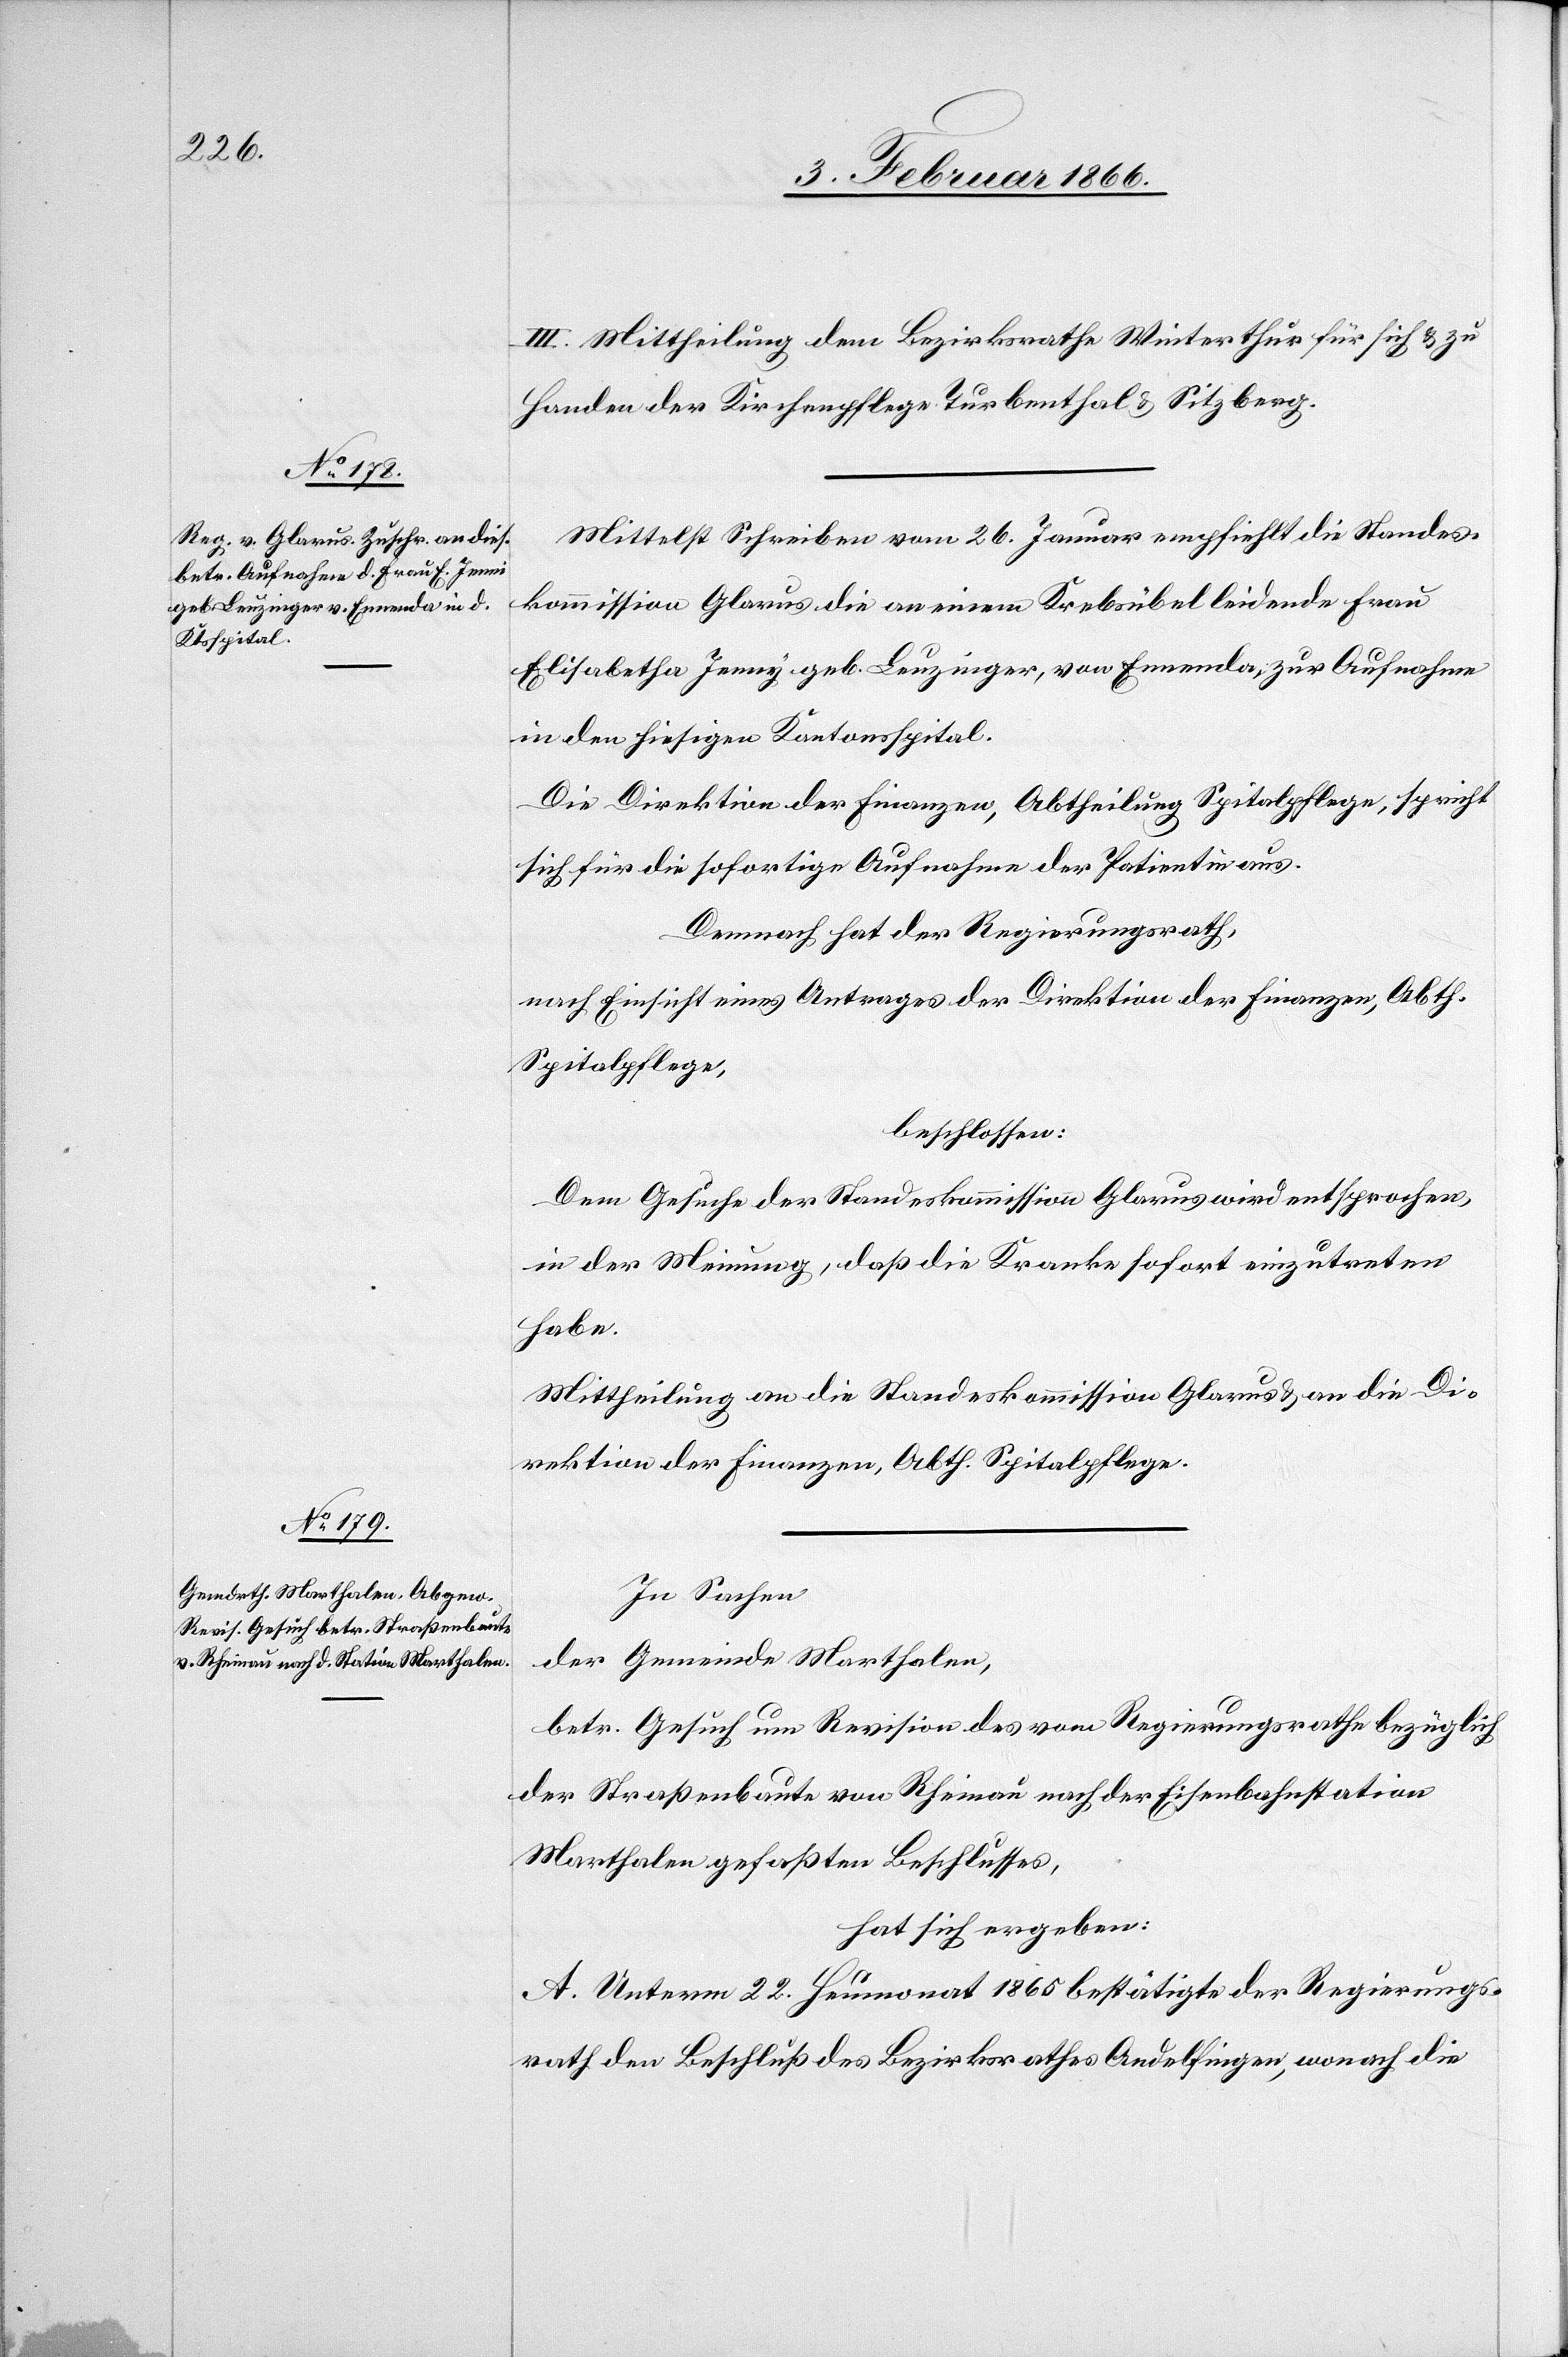
III. Mittheilung dem Bezirksrathe Winterthur für sich u. zu
Handen der Kirchenpflege Turbenthal u. Sitzberg.
Mittelst Schreiben vom 26. Januar empfiehlt die Standes¬
kommission Glarus die an einem Krebsübel leidende Frau
Elisabetha Jenni geb. Leuzinger, von Ennenda, zur Aufnahme
in den hiesigen Kantonsspital.
Die Direktion der Finanzen, Abtheilung Spitalpflege, spricht
sich für die sofortige Aufnahme der Patientin aus.
Demnach hat der Regierungsrath,
nach Einsicht eines Antrages der Direktion der Finanzen, Abth.
Spitalpflege,
beschlossen:
Dem Gesuche der Standeskommission Glarus wird entsprochen,
in der Meinung, daß die Kranke sofort einzutreten
habe.
Mittheilung an die Standeskommission Glarus u. an die Di¬
rektion der Finanzen, Abth. Spitalpflege.
In Sachen,
der Gemeinde Marthalen,
betr. Gesuch um Revision des vom Regierungsrathe bezüglich
der Straßenbaute von Rheinau nach der Eisenbahnstation
Marthalen gefaßten Beschlusses,
hat sich ergeben:
A. Unterm 22. Heumonat 1865 bestätigte der Regierungs¬
rath den Beschluß des Bezirksrathes Andelfingen, wonach die